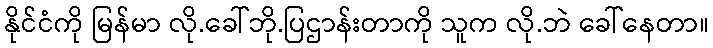
နိုင်ငံကို မြန်မာ လို.ခေါ်ဘို.ပြဌာန်းတာကို သူက လို.ဘဲ ခေါ်နေတာ။